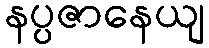
နပ္ပဇာနေယျ